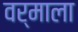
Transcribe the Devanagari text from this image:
वर्माला